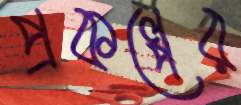
প্রকল্পের